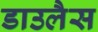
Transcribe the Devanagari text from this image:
डाउलैस